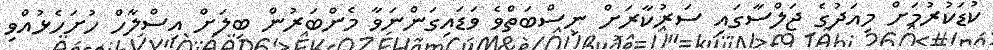
ކުޑަކުރުމަށް މިއަދުގެ ޖަލްސާގައި ސަރުކާރަށް ނިސްބަތްވެ ވަޑައިގަންނަވާ މެންބަރުން ބިލަށް އިސްލާހް ހުށަހެޅުއްވި